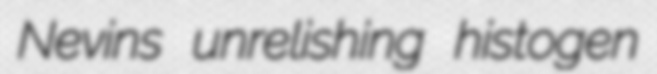
Nevins unrelishing histogen